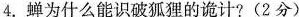
4.蝉为什么能识破狐狸的诡计?(2分)